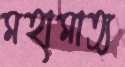
মহামাত্য